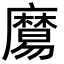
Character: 𪎧